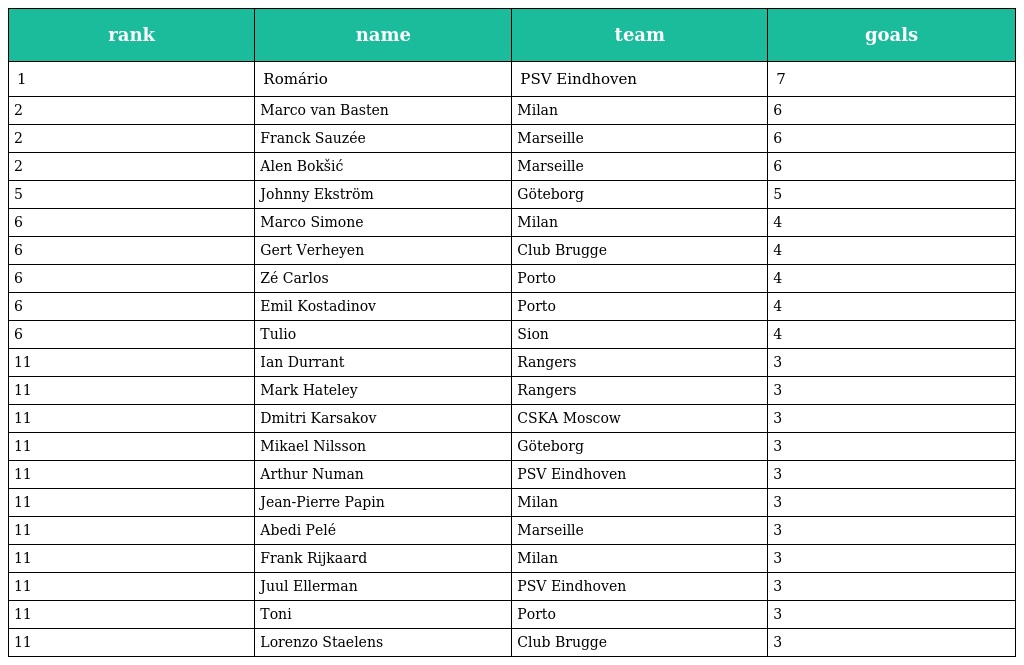
| rank | name | team | goals |
 | --- | --- | --- | --- |
 | 1 | Romário | PSV Eindhoven | 7 |
 | 2 | Marco van Basten | Milan | 6 |
 | 2 | Franck Sauzée | Marseille | 6 |
 | 2 | Alen Bokšić | Marseille | 6 |
 | 5 | Johnny Ekström | Göteborg | 5 |
 | 6 | Marco Simone | Milan | 4 |
 | 6 | Gert Verheyen | Club Brugge | 4 |
 | 6 | Zé Carlos | Porto | 4 |
 | 6 | Emil Kostadinov | Porto | 4 |
 | 6 | Tulio | Sion | 4 |
 | 11 | Ian Durrant | Rangers | 3 |
 | 11 | Mark Hateley | Rangers | 3 |
 | 11 | Dmitri Karsakov | CSKA Moscow | 3 |
 | 11 | Mikael Nilsson | Göteborg | 3 |
 | 11 | Arthur Numan | PSV Eindhoven | 3 |
 | 11 | Jean-Pierre Papin | Milan | 3 |
 | 11 | Abedi Pelé | Marseille | 3 |
 | 11 | Frank Rijkaard | Milan | 3 |
 | 11 | Juul Ellerman | PSV Eindhoven | 3 |
 | 11 | Toni | Porto | 3 |
 | 11 | Lorenzo Staelens | Club Brugge | 3 |